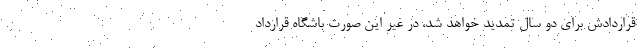
قراردادش برای دو سال تمدید خواهد شد، در غیر این صورت باشگاه قرارداد